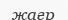
жағр